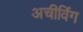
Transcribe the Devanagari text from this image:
अचीविंग